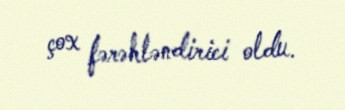
çox fərəhləndirici oldu.